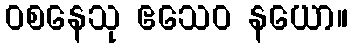
ဝစနေသု ဧသေဝ နယော။